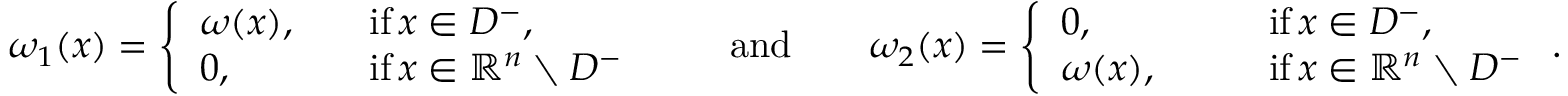
\omega _ { 1 } ( x ) = \left\{ \begin{array} { l l } { \omega ( x ) , \ \ \ } & { \mathrm { i f } \, x \in D ^ { - } , } \\ { 0 , } & { \mathrm { i f } \, x \in \mathbb R ^ { n } \setminus D ^ { - } } \end{array} \right. \qquad \mathrm { a n d } \qquad \omega _ { 2 } ( x ) = \left\{ \begin{array} { l l } { 0 , \qquad } & { \mathrm { i f } \, x \in D ^ { - } , } \\ { \omega ( x ) , \qquad } & { \mathrm { i f } \, x \in \mathbb R ^ { n } \setminus D ^ { - } } \end{array} \right. .